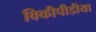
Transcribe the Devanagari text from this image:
विकीपीडीया